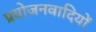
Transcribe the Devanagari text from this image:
प्रयोजनवादियों